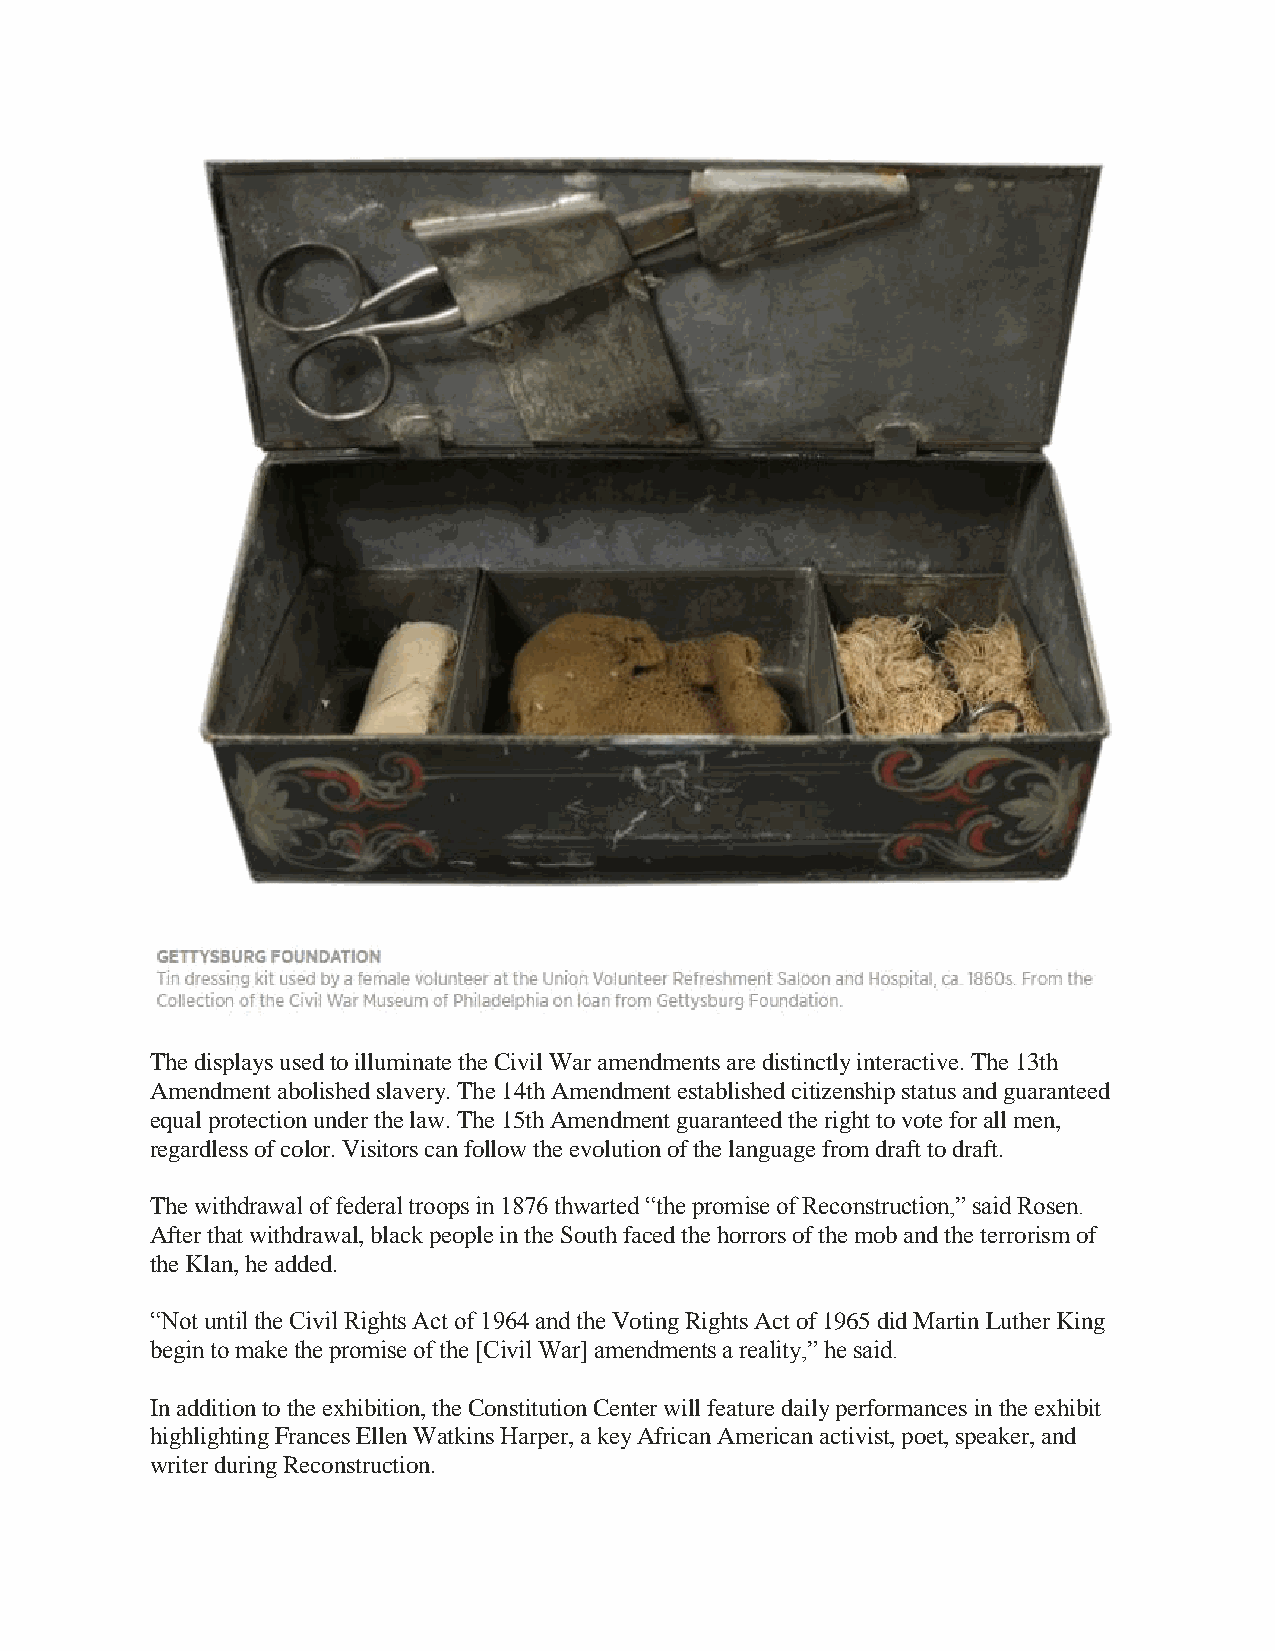
The displays used to illuminate the Civil War amendments are distinctly interactive. The 13th
 Amendment abolished slavery. The 14th Amendment established citizenship status and guaranteed
 equal protection under the law. The 15th Amendment guaranteed the right to vote for all men,
 regardless of color. Visitors can follow the evolution of the language from draft to draft.
 The withdrawal of federal troops in 1876 thwarted “the promise of Reconstruction,” said Rosen.
 After that withdrawal, black people in the South faced the horrors of the mob and the terrorism of
 the Klan, he added.
 “Not until the Civil Rights Act of 1964 and the Voting Rights Act of 1965 did Martin Luther King
 begin to make the promise of the [Civil War] amendments a reality,” he said.
 In addition to the exhibition, the Constitution Center will feature daily performances in the exhibit
 highlighting Frances Ellen Watkins Harper, a key African American activist, poet, speaker, and
 writer during Reconstruction.